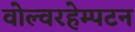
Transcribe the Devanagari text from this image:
वोल्वरहेम्पटन